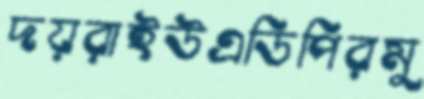
দয়রাইউএডিপিরমু